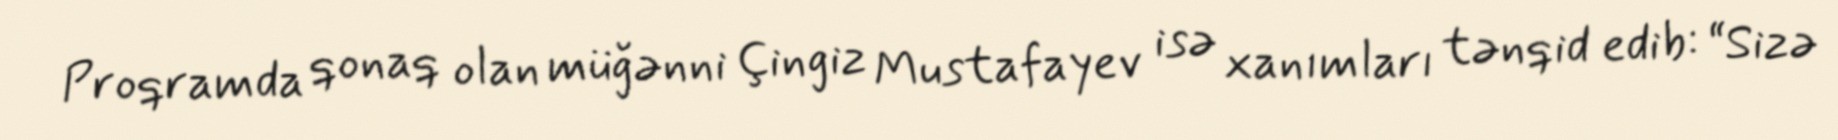
Proqramda qonaq olan müğənni Çingiz Mustafayev isə xanımları tənqid edib: “Sizə